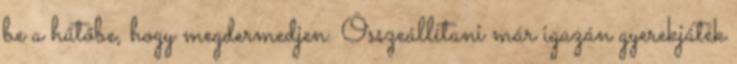
be a hűtőbe, hogy megdermedjen. Összeállítani már igazán gyerekjáték